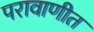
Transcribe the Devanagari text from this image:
परावाणीत